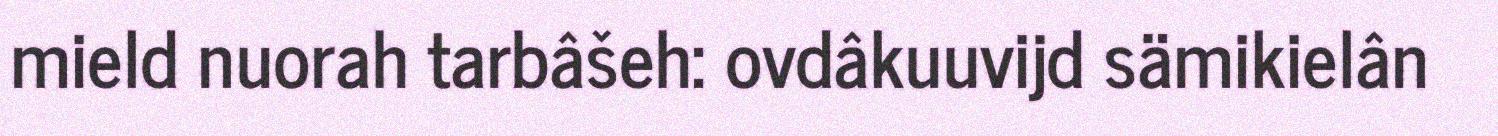
mield nuorah tarbâšeh: ovdâkuuvijd sämikielân